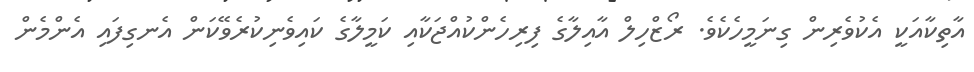
އާތިކާއަކީ އެކުވެރިން ގިނަމީހެކެވެ. ރޯޒްހިލް އާއިލާގެ ފިރިހެންކުއްޖަކާއި ކަމީލާގެ ކައިވެނިކުރެވޭކަން އެނގިފައި އެންމެން